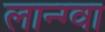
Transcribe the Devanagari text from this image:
लान्ग्वा